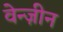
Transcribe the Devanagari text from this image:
वेन्ज़ीन